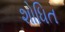
શોધિત